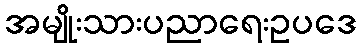
အမျိုးသားပညာရေးဥပဒေ